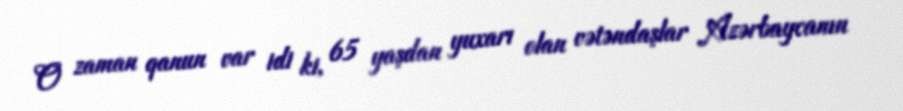
O zaman qanun var idi ki, 65 yaşdan yuxarı olan vətəndaşlar Azərbaycanın